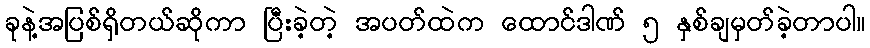
ခုနဲ့အပြစ်ရှိတယ်ဆိုကာ ပြီးခဲ့တဲ့ အပတ်ထဲက ထောင်ဒါဏ် ၅ နှစ်ချမှတ်ခဲ့တာပါ။